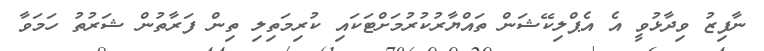
ނާފިޒު ވިދާޅުވީ އެ އެޕްލިކޭޝަން ތައްޔާރުކުރުމަށްޓަކައި ކުރިމަތިލި ތިން ފަރާތުން ޝަރުތު ހަމަވާ